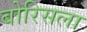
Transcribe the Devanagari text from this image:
बोरिसला